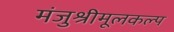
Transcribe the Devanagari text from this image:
मंजुश्रीमूलकल्प